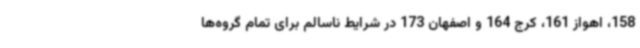
158، اهواز 161، کرج 164 و اصفهان 173 در شرایط ناسالم برای تمام گروه‌ها